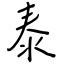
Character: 泰